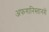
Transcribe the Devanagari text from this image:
अफगानिस्तानमें